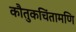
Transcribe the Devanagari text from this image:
कौतुकचिंतामणि